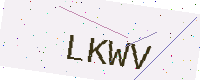
Text: LKWV